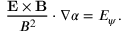
\frac { \mathbf { E } \times \mathbf { B } } { B ^ { 2 } } \cdot \nabla \alpha = E _ { \psi } .